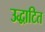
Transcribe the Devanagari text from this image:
उद्धाटित